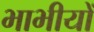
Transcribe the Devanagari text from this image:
भाभीयों